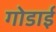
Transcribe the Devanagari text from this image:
गोडाई